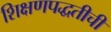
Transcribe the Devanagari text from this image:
शिक्षणपद्धतीची